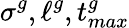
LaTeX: \sigma^{g},\ell^{g},t_{max}^{g}